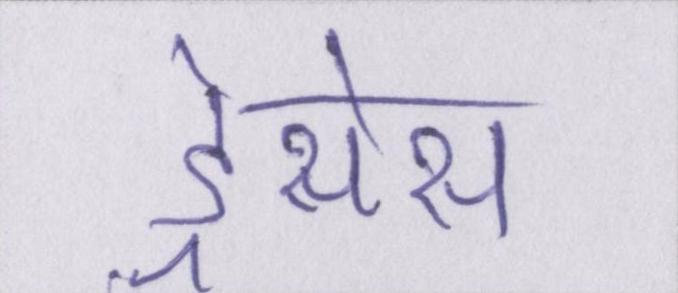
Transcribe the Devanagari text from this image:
ड्रेसेस